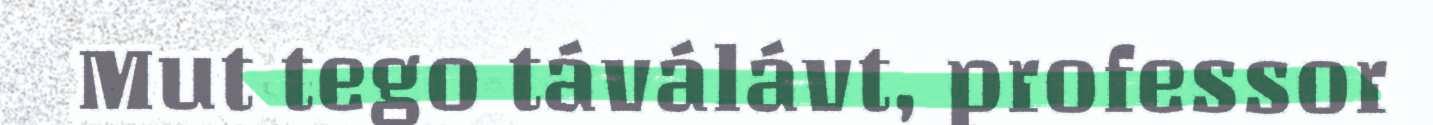
Mut tego táválávt, professor